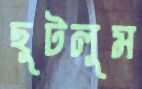
ছুটলুম